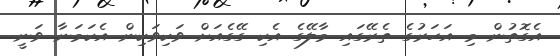
އެގޮތުން މި އަހަރުގެ ތެރޭގައި މާލޭގެ އެކި ގޭގެއަށް ވަކިވަކިން އެކަމަނާ ވަނީ